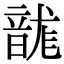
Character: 𮧻